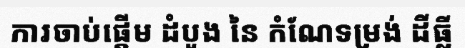
ការចាប់ផ្តើម ដំបូង នៃ កំណែទម្រង់ ដីធ្លី